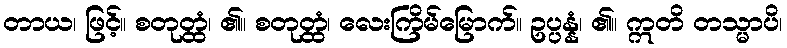
တာယ၊ ဖြင့်။ စတုတ္ထံ၊ ၏။ စတုတ္ထံ၊ လေးကြိမ်မြောက်။ ဥပ္ပန္နံ၊ ၏။ ဣတိ တသ္မာပိ၊